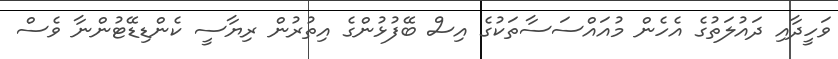
ވަހީދާއި ދައުލަތުގެ އެހެން މުއައްސަސާތަކުގެ އިސް ބޭފުޅުންގެ އިތުރުން ރިޔާސީ ކެންޑިޑޭޓުންނާ ވެސް